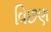
વિછણ